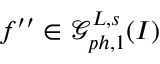
f ^ { \prime \prime } \in \mathcal { G } _ { p h , 1 } ^ { L , s } ( I )